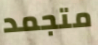
متجمد